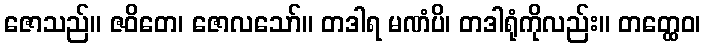
ဇောသည်။ ဇဝိတေ၊ ဇောလသော်။ တဒါရ မဏံပိ၊ တဒါရုံကိုလည်း။ တတ္ထေဝ၊